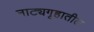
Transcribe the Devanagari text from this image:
नाट्यगृहातील